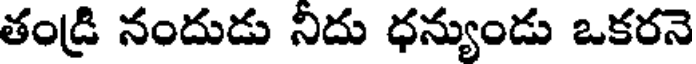
తండ్రి నందుడు నిదు ధన్యుండు ఒకరనె